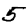
Digit: 5